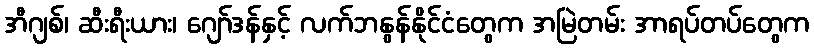
အီဂျစ်၊ ဆီးရီးယား၊ ဂျော်ဒန်နှင့် လက်ဘနွန်နိုင်ငံတွေက အမြဲတမ်း အာရပ်တပ်တွေက